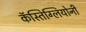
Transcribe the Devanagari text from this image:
कॅस्तिग्लियोनी